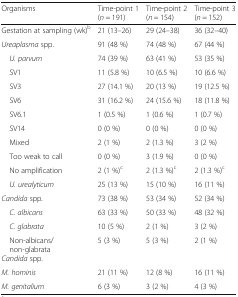
<table><thead><tr><td><b>Organisms</b></td><td><b>Time-point 1(<i>n</i> = 191)</b></td><td><b>Time-point 2(<i>n</i> = 154)</b></td><td><b>Time-point 3(<i>n</i> = 152)</b></td></tr></thead><tbody><tr><td>Gestation at sampling (wk)<sup>b</sup></td><td>21 (13–26)</td><td>29 (24–38)</td><td>36 (32–40)</td></tr><tr><td><i>Ureaplasma</i> spp.</td><td>91 (48 %)</td><td>74 (48 %)</td><td>67 (44 %)</td></tr><tr><td> <i>U. parvum</i></td><td>74 (39 %)</td><td>63 (41 %)</td><td>53 (35 %)</td></tr><tr><td> SV1</td><td>11 (5.8 %)</td><td>10 (6.5 %)</td><td>10 (6.6 %)</td></tr><tr><td> SV3</td><td>27 (14.1 %)</td><td>20 (13 %)</td><td>19 (12.5 %)</td></tr><tr><td> SV6</td><td>31 (16.2 %)</td><td>24 (15.6 %)</td><td>18 (11.8 %)</td></tr><tr><td> SV6.1</td><td>1 (0.5 %)</td><td>1 (0.6 %)</td><td>1 (0.7 %)</td></tr><tr><td> SV14</td><td>0 (0 %)</td><td>0 (0 %)</td><td>0 (0 %)</td></tr><tr><td> Mixed</td><td>2 (1 %)</td><td>2 (1.3 %)</td><td>3 (2 %)</td></tr><tr><td> Too weak to call</td><td>0 (0 %)</td><td>3 (1.9 %)</td><td>0 (0 %)</td></tr><tr><td> No amplification</td><td>2 (1 %)<sup>c</sup></td><td>2 (1.3 %)<sup>c</sup></td><td>2 (1.3 %)<sup>c</sup></td></tr><tr><td> <i>U. urealyticum</i></td><td>25 (13 %)</td><td>15 (10 %)</td><td>16 (11 %)</td></tr><tr><td><i>Candida</i> spp.</td><td>73 (38 %)</td><td>53 (34 %)</td><td>52 (34 %)</td></tr><tr><td> <i>C. albicans</i></td><td>63 (33 %)</td><td>50 (33 %)</td><td>48 (32 %)</td></tr><tr><td> <i>C. glabrata</i></td><td>10 (5 %)</td><td>2 (1 %)</td><td>3 (2 %)</td></tr><tr><td> Non-albicans/non-glabrata<i>Candida</i> spp.</td><td>5 (3 %)</td><td>5 (3 %)</td><td>2 (1 %)</td></tr><tr><td><i>M. hominis</i></td><td>21 (11 %)</td><td>12 (8 %)</td><td>16 (11 %)</td></tr><tr><td><i>M. genitalium</i></td><td>6 (3 %)</td><td>3 (2 %)</td><td>4 (3 %)</td></tr></tbody></table>